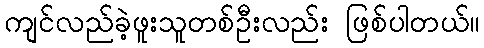
ကျင်လည်ခဲ့ဖူးသူတစ်ဦးလည်း ဖြစ်ပါတယ်။